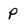
Character: p